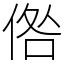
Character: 倃